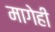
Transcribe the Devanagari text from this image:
मागेही